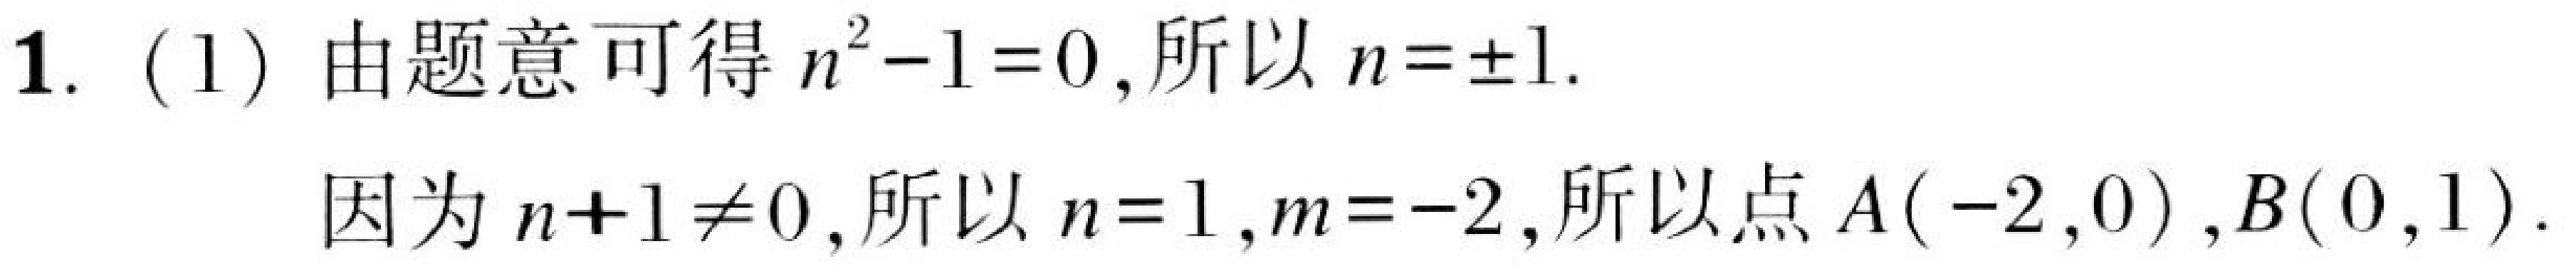
1. (1) 由题意可得 \(n^{2}-1 = 0\), 所以 \(n=\pm1\).
因为 \(n + 1\neq0\), 所以 \(n = 1\), \(m=-2\), 所以点 \(A(-2,0)\), \(B(0,1)\).